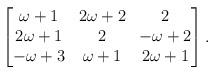
LaTeX: \begin{align*}\begin{bmatrix}\omega+1&2\omega+2&2\\2\omega+1&2&-\omega+2\\-\omega+3&\omega+1&2\omega+1\end{bmatrix}.\end{align*}